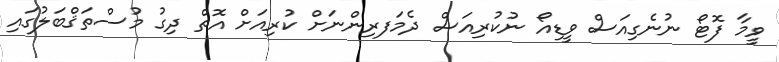
ވީމާ ފޮޓޯ ނުނެގިއަސް ވީޑިއޯ ނުކުރިއަސް ދެމަފރިންނަށް ކުރިއަށް އޮތް ދިގު މުސްތަޤްބަލުގައި